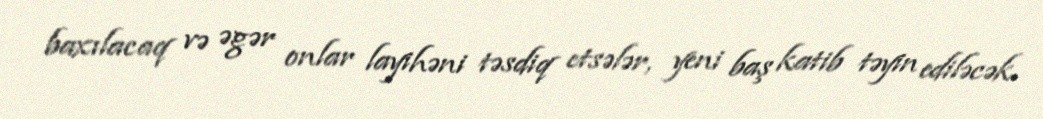
baxılacaq və əgər onlar layihəni təsdiq etsələr, yeni baş katib təyin ediləcək.